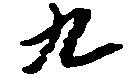
九